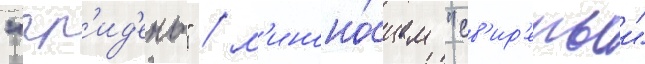
"гр'ид'ень" / м'иноно́сцем "св'ир'епыи"